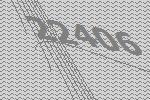
22406